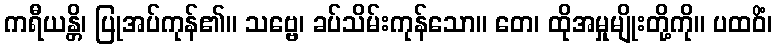
ကရီယန္တိ၊ ပြုအပ်ကုန်၏။ သဗ္ဗေ၊ ခပ်သိမ်းကုန်သော။ တေ၊ ထိုအမှုမျိုးတို့ကို။ ပထဝိံ၊